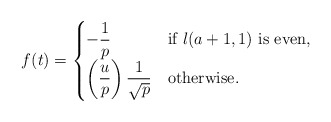
\begin{align*}f(t) = \begin{cases}\displaystyle-\frac{{1}}{p} & \textrm{if $l(a+1,1)$ is even}, \\\displaystyle\left(\frac{u}{p}\right)\frac{1}{\sqrt{p}} & \textrm{otherwise}.\end{cases}\end{align*}